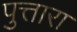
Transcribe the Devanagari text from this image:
पुत्तारा